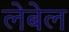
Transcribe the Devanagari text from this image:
लेबेल